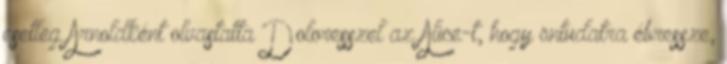
esetleg Arnoldként olvastatta Doloresszel az Alice-t, hogy öntudatra ébressze,